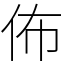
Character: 佈